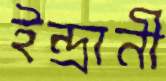
ইন্দ্রানী